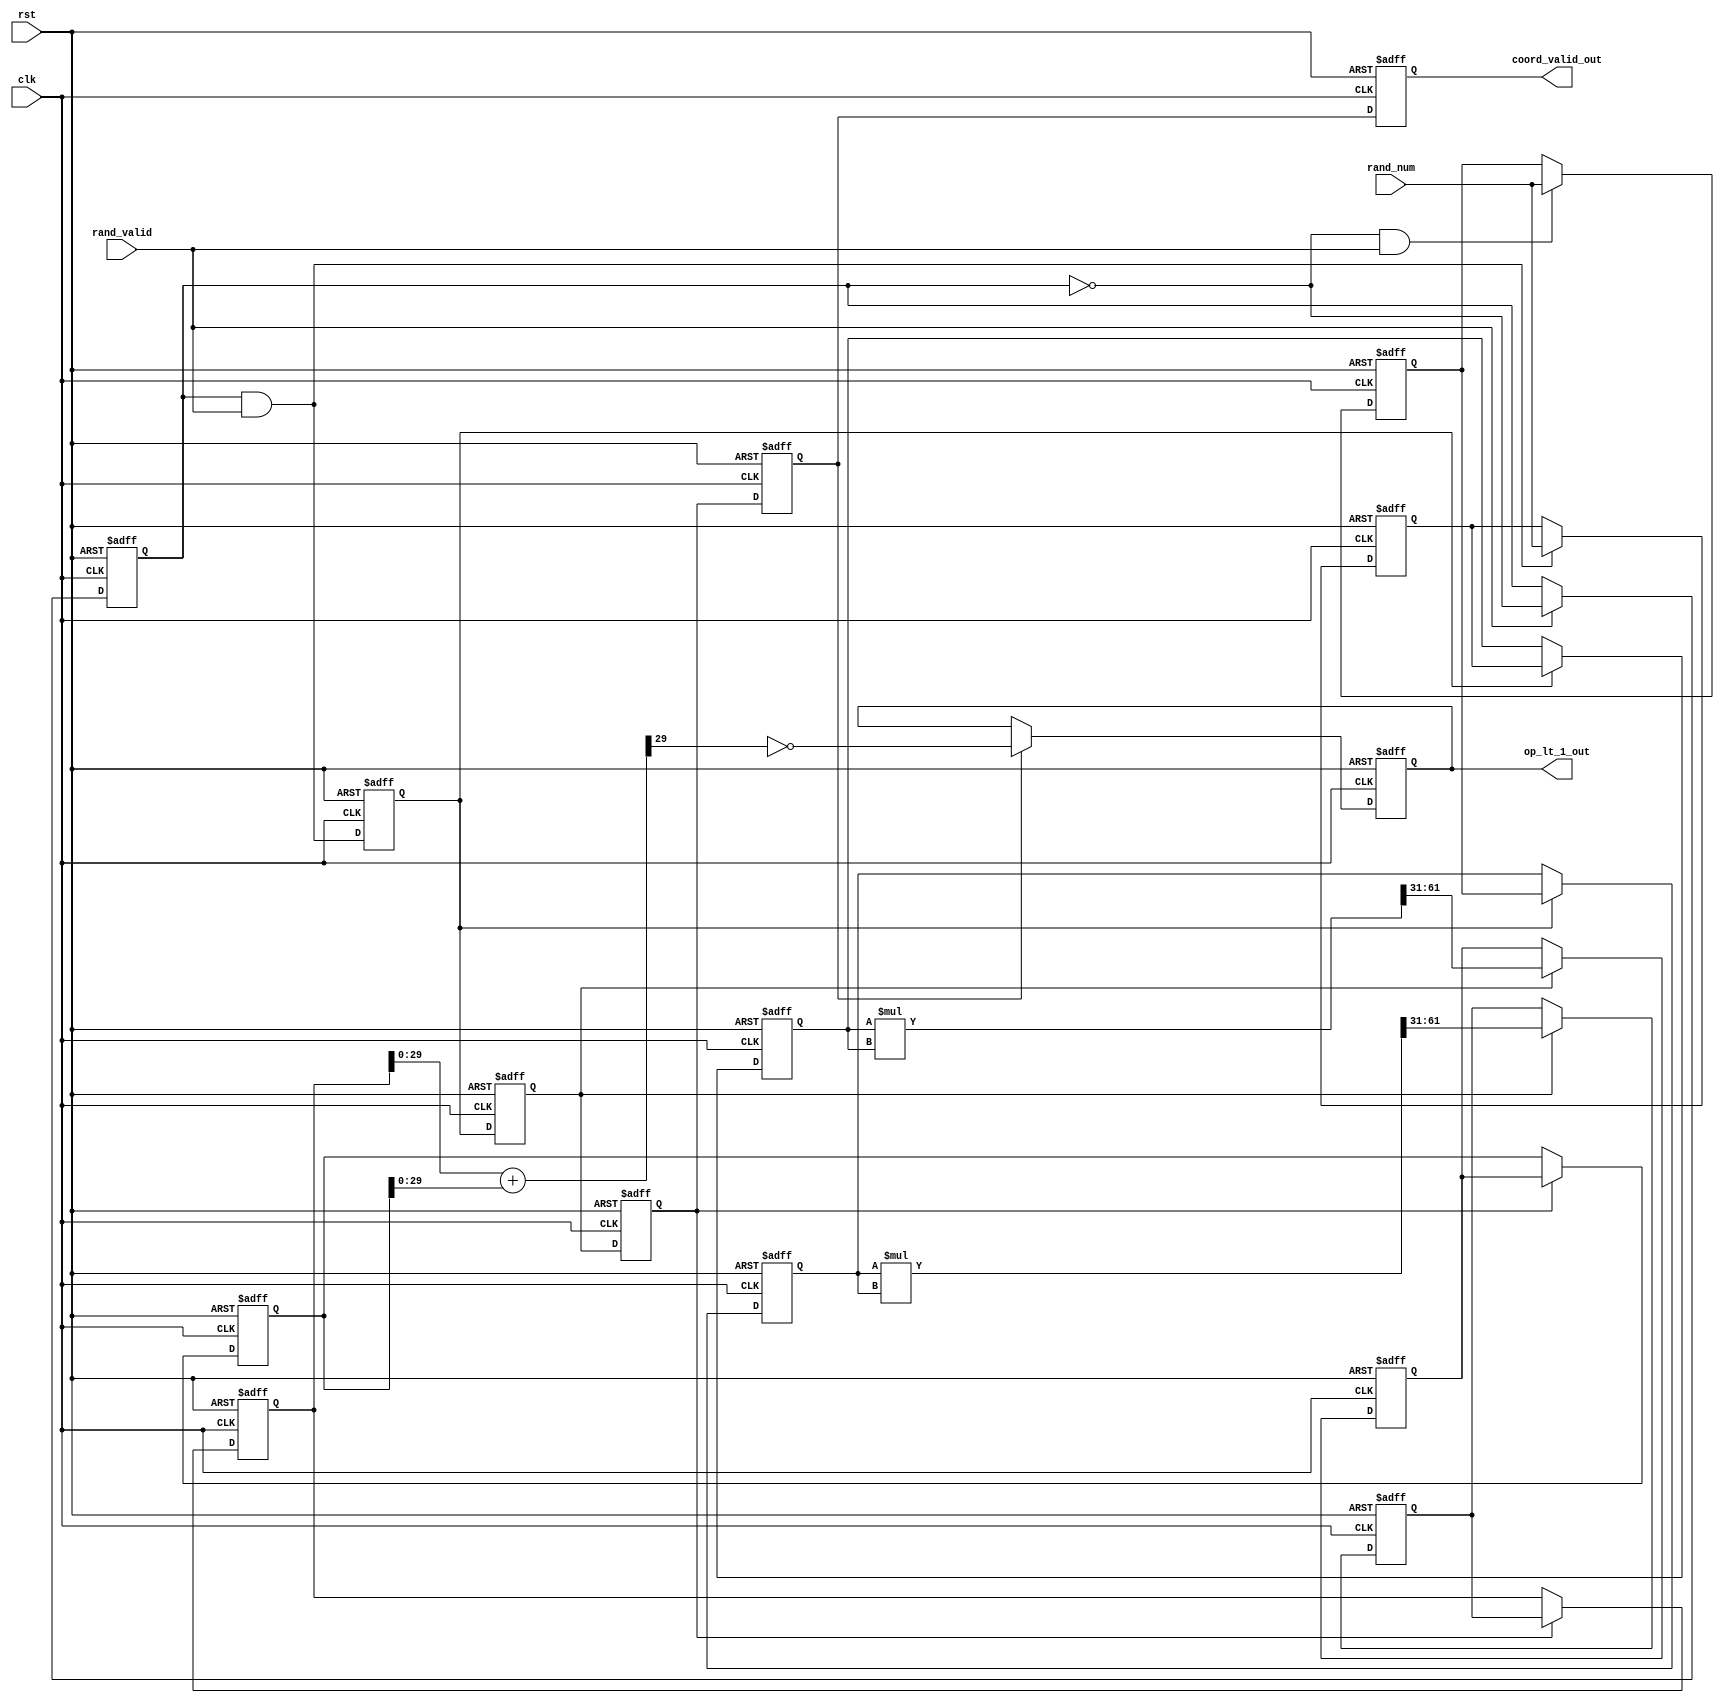
module coord_pl #(parameter IP_BIT_WIDTH = 31) (

    input                    clk,
    input                    rst,
    input [IP_BIT_WIDTH-1:0] rand_num,
    input                    rand_valid,
    
    output reg               op_lt_1_out,
    output reg               coord_valid_out
);

  wire                        next_coord_sel;
  wire [IP_BIT_WIDTH-1:0]     next_x_coord;
  wire [IP_BIT_WIDTH-1:0]     next_y_coord;
  wire                        next_coord_valid;
  wire [(IP_BIT_WIDTH*2)-1:0] calc_x_sq_p1;
  wire [(IP_BIT_WIDTH*2)-1:0] calc_y_sq_p1;
  reg                         coord_sel;
  reg  [IP_BIT_WIDTH-1:0]     x_coord_p0;
  reg  [IP_BIT_WIDTH-1:0]     y_coord_p0;
  reg  [IP_BIT_WIDTH-1:0]     x_coord_p1;
  reg  [IP_BIT_WIDTH-1:0]     y_coord_p1;
  reg  [IP_BIT_WIDTH-1:0]     calc_x_sq_p2;
  reg  [IP_BIT_WIDTH-1:0]     calc_y_sq_p2;
  reg  [IP_BIT_WIDTH-1:0]     calc_x_sq_p3;
  reg  [IP_BIT_WIDTH-1:0]     calc_y_sq_p3;
  wire [IP_BIT_WIDTH:0]       sq_add_p3;
  reg                         coord_valid_p0;
  reg                         coord_valid_p1;
  reg                         coord_valid_p2;
  reg                         coord_valid_p3;
  wire                        op_lt_1_p3;

  assign next_coord_sel   = (rand_valid) ? ~coord_sel : coord_sel;

  assign next_x_coord     = (~coord_sel & rand_valid) ? rand_num : x_coord_p0;
  assign next_y_coord     = ( coord_sel & rand_valid) ? rand_num : y_coord_p0;

  assign next_coord_valid = (coord_sel & rand_valid);

  assign calc_x_sq_p1     = $signed(x_coord_p1) * $signed(x_coord_p1);
  assign calc_y_sq_p1     = $signed(y_coord_p1) * $signed(y_coord_p1);

  assign sq_add_p3        = calc_x_sq_p3 + calc_y_sq_p3;

  assign op_lt_1_p3       = ~sq_add_p3[IP_BIT_WIDTH-2];

  always @(posedge clk or posedge rst)
      if (rst)
      begin
          coord_sel       <= 1'b0;
          x_coord_p0      <= {IP_BIT_WIDTH{1'b0}};
          y_coord_p0      <= {IP_BIT_WIDTH{1'b0}};
          x_coord_p1      <= {IP_BIT_WIDTH{1'b0}};
          y_coord_p1      <= {IP_BIT_WIDTH{1'b0}};
          coord_valid_p0  <= 1'b0;
          coord_valid_p1  <= 1'b0;
          coord_valid_p2  <= 1'b0;
          coord_valid_p3  <= 1'b0;
          coord_valid_out <= 1'b0;
          calc_x_sq_p2    <= {IP_BIT_WIDTH{1'b0}};
          calc_y_sq_p2    <= {IP_BIT_WIDTH{1'b0}};
          calc_x_sq_p3    <= {IP_BIT_WIDTH{1'b0}};
          calc_y_sq_p3    <= {IP_BIT_WIDTH{1'b0}};
          op_lt_1_out     <= 1'b0;
      end
      else
      begin
          coord_sel       <= next_coord_sel;
          x_coord_p0      <= next_x_coord;
          y_coord_p0      <= next_y_coord;
          x_coord_p1      <= (coord_valid_p0 ? x_coord_p0 : x_coord_p1);
          y_coord_p1      <= (coord_valid_p0 ? y_coord_p0 : y_coord_p1);
          coord_valid_p0  <= next_coord_valid;
          coord_valid_p1  <= coord_valid_p0;
          coord_valid_p2  <= coord_valid_p1;
          coord_valid_p3  <= coord_valid_p2;
          coord_valid_out <= coord_valid_p3;
          calc_x_sq_p2    <= (coord_valid_p1 ? calc_x_sq_p1[(IP_BIT_WIDTH*2)-1:IP_BIT_WIDTH] : calc_x_sq_p2);
          calc_y_sq_p2    <= (coord_valid_p1 ? calc_y_sq_p1[(IP_BIT_WIDTH*2)-1:IP_BIT_WIDTH] : calc_y_sq_p2);
          calc_x_sq_p3    <= (coord_valid_p2 ? calc_x_sq_p2 : calc_x_sq_p3);
          calc_y_sq_p3    <= (coord_valid_p2 ? calc_y_sq_p2 : calc_y_sq_p3);
          op_lt_1_out     <= (coord_valid_p3 ? op_lt_1_p3 : op_lt_1_out);
      end

endmodule